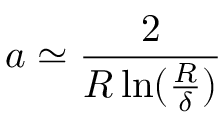
a \simeq { \frac { 2 } { R \ln ( { \frac { R } { \delta } } ) } }